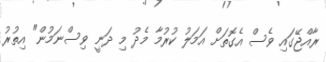
ރާއްޖޭގައި ވެސް އެގޮތަށް އަމަލު ކުރުމާ މެދު މި ދަނީ ވިސްނަމުން" އިތުރު